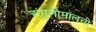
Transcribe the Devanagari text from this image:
अंगुलीमालची